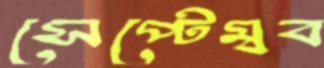
সেপ্টেম্বব